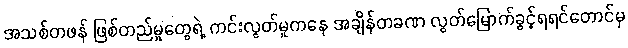
အသစ်တဖန် ဖြစ်တည်မှုတွေရဲ့ ကင်းလွတ်မှုကနေ အချိန်တခဏ လွတ်မြောက်ခွင့်ရရင်တောင်မှ